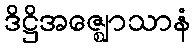
ဒိဋ္ဌိအဇ္ဈောသာနံ